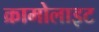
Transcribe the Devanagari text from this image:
क्रामोलाइट